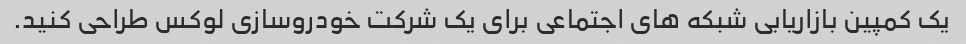
یک کمپین بازاریابی شبکه های اجتماعی برای یک شرکت خودروسازی لوکس طراحی کنید.